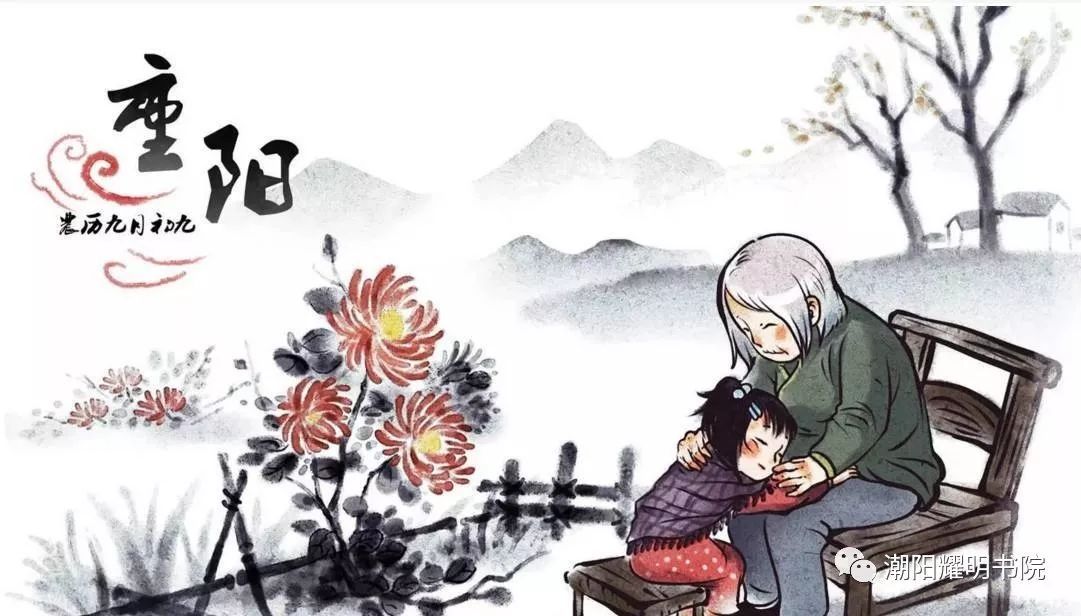
愁因薄暮起，兴是清秋发。